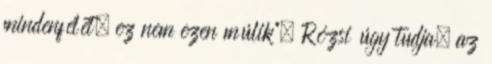
mindenfélét, ez nem ezen múlik”. Rózsi úgy tudja, az